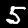
Digit: 5